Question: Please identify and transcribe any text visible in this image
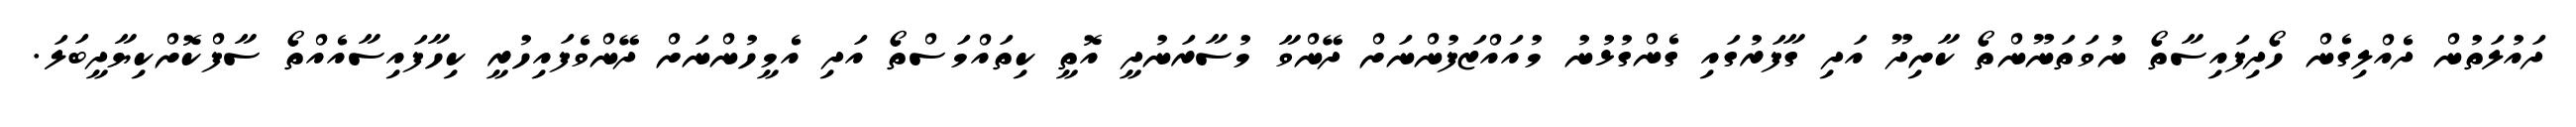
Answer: ދައުލަތުން ދެއްލިގެން ހޯދިފައިސާތޯ ނުވަތަނޫންތޯ ކާށިދޫ އަދި ގާފަރުގައި ގެންގުޅުނު މުއައްޒަފުންނަށް ދޭންވާ މުސާރަނުދީ އޮތީ ކިތައްމަސްތޯ އަދި އެމީހުންނަށް ދޭންވެފައިހުރީ ކިހާފައިސާއެއްތޯ ސާފްކޮށްކިޔާދީބަލަ.